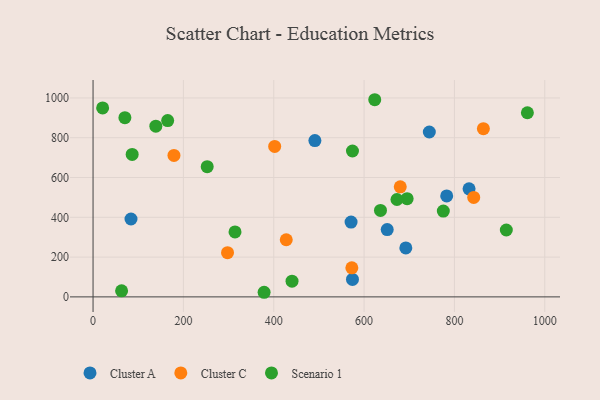
{"axis": {"x": "Engine Size", "y": "Profit"}, "legend": ["Cluster A", "Cluster C", "Scenario 1"], "data": [{"x": "84.0", "y": 391.4, "type": "Cluster A"}, {"x": "692.4", "y": 246.0, "type": "Cluster A"}, {"x": "651.2", "y": 338.4, "type": "Cluster A"}, {"x": "574.3", "y": 87.7, "type": "Cluster A"}, {"x": "744.4", "y": 828.7, "type": "Cluster A"}, {"x": "782.9", "y": 507.5, "type": "Cluster A"}, {"x": "571.2", "y": 376.2, "type": "Cluster A"}, {"x": "491.1", "y": 785.8, "type": "Cluster A"}, {"x": "832.4", "y": 543.1, "type": "Cluster A"}, {"x": "179.1", "y": 710.9, "type": "Cluster C"}, {"x": "427.7", "y": 287.1, "type": "Cluster C"}, {"x": "402.1", "y": 756.4, "type": "Cluster C"}, {"x": "680.1", "y": 553.1, "type": "Cluster C"}, {"x": "572.9", "y": 146.2, "type": "Cluster C"}, {"x": "842.7", "y": 499.8, "type": "Cluster C"}, {"x": "864.1", "y": 845.3, "type": "Cluster C"}, {"x": "297.7", "y": 222.3, "type": "Cluster C"}, {"x": "914.9", "y": 336.2, "type": "Scenario 1"}, {"x": "252.7", "y": 654.6, "type": "Scenario 1"}, {"x": "21.2", "y": 950.0, "type": "Scenario 1"}, {"x": "574.3", "y": 733.2, "type": "Scenario 1"}, {"x": "623.6", "y": 991.0, "type": "Scenario 1"}, {"x": "314.3", "y": 326.6, "type": "Scenario 1"}, {"x": "165.2", "y": 886.0, "type": "Scenario 1"}, {"x": "775.4", "y": 431.5, "type": "Scenario 1"}, {"x": "636.3", "y": 434.5, "type": "Scenario 1"}, {"x": "961.5", "y": 925.6, "type": "Scenario 1"}, {"x": "63.2", "y": 30.3, "type": "Scenario 1"}, {"x": "139.0", "y": 858.3, "type": "Scenario 1"}, {"x": "70.5", "y": 900.7, "type": "Scenario 1"}, {"x": "695.3", "y": 493.7, "type": "Scenario 1"}, {"x": "378.7", "y": 23.2, "type": "Scenario 1"}, {"x": "440.5", "y": 79.2, "type": "Scenario 1"}, {"x": "86.6", "y": 716.3, "type": "Scenario 1"}, {"x": "672.8", "y": 489.4, "type": "Scenario 1"}]}